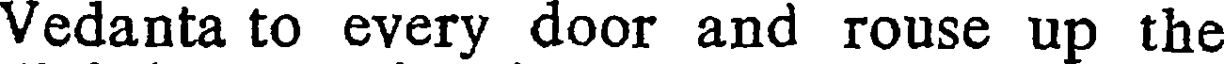
Vedanta to every door and rouse up the